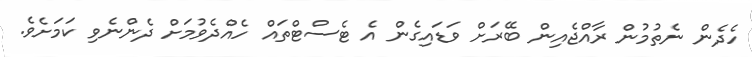
ހެދެން ނެތުމުން ރާއްޖެއިން ބޭރަށް ވަޑައިގެން އެ ޓެސްޓްތައް ހެއްދެވުމަށް ދެންނެވި ކަމަށެވެ.